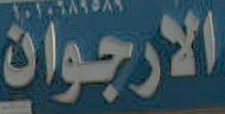
الارجوان